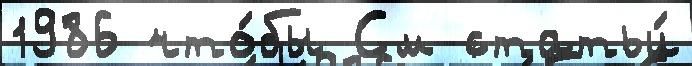
1986 что́бы См статьи́